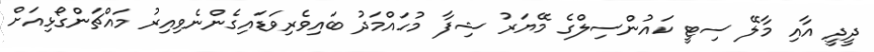
ދީދީ އާއި މާލޭ ސިޓީ ކައުންސިލްގެ މޭޔަރު ޝިފާ މުހައްމަދު ބައިވެރިވަޑައިގެންނެވިއިރު މައްޗަންގޯޅިއަށް